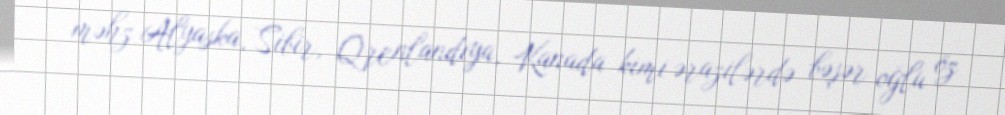
məhz Alyaska, Sibir, Qrenlandiya, Kanada kimi ərazilərdə bəşər oğlu öz